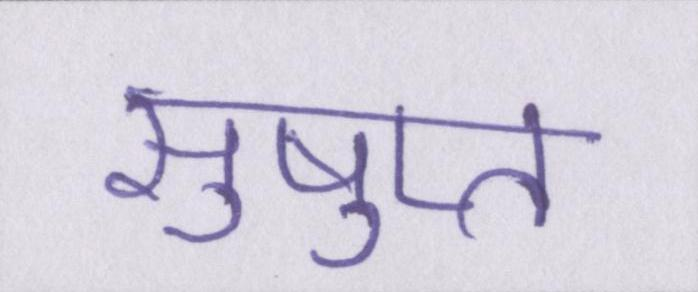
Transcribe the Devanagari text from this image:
सुषुप्त